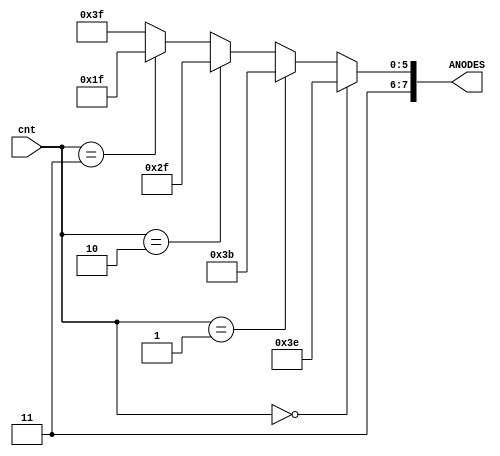
`timescale 1ns / 1ps

module anode_cntrl(cnt, ANODES);

    input   [1:0] cnt;
    output  [7:0] ANODES; 

    assign ANODES = (cnt == 2'b00) ? 8'b11111110:
                    (cnt == 2'b01) ? 8'b11111011:
                    (cnt == 2'b10) ? 8'b11101111:
                    (cnt == 2'b11) ? 8'b11011111:
                    8'b11111111;
endmodule